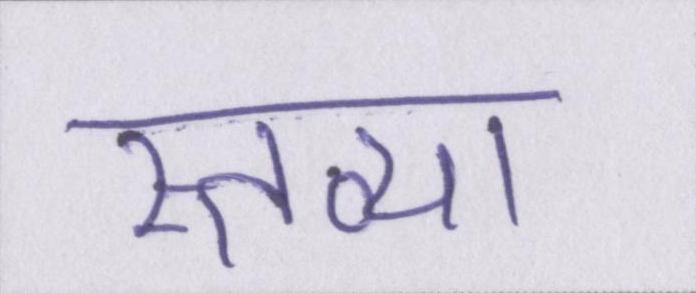
स्तव्या